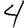
Digit: 4